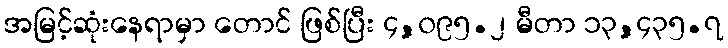
အမြင့်ဆုံးနေရာမှာ တောင် ဖြစ်ပြီး ၄,၀၉၅.၂ မီတာ ၁၃,၄၃၅.၇